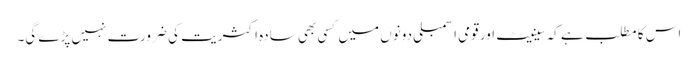
اس کا مطلب ہے کہ سینیٹ اور قومی اسمبلی دونوں میں کسی بھی سادہ اکثریت کی ضرورت نہیں پڑے گی۔